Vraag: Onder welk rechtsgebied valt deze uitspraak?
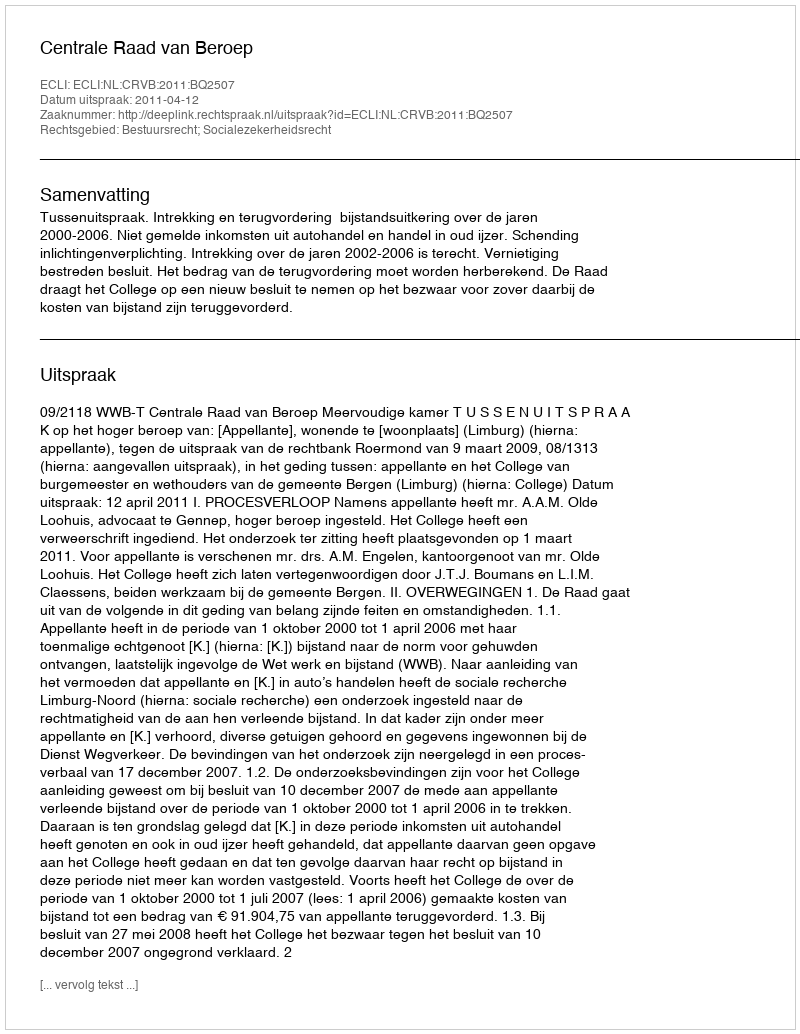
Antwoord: Bestuursrecht; Socialezekerheidsrecht